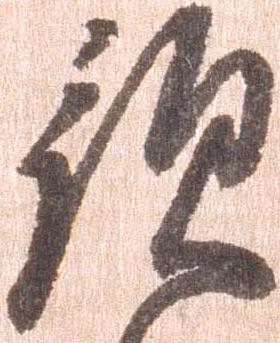
預